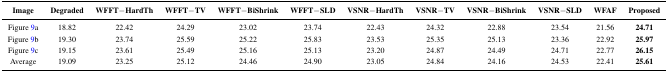
| Image | Degraded | WFFT−HardTh | WFFT−TV | WFFT−BiShrink | WFFT−SLD | VSNR−HardTh | VSNR−TV | VSNR−BiShrink | VSNR−SLD | WFAF | Proposed |
 | --- | --- | --- | --- | --- | --- | --- | --- | --- | --- | --- | --- |
 | Figure 9a | 18.82 | 22.42 | 24.29 | 23.02 | 23.74 | 22.43 | 24.32 | 22.88 | 23.54 | 21.56 | 24.71 |
 | Figure 9b | 19.30 | 23.74 | 25.59 | 25.22 | 25.83 | 23.53 | 25.35 | 25.13 | 23.36 | 22.92 | 25.97 |
 | Figure 9c | 19.15 | 23.61 | 25.49 | 25.16 | 25.13 | 23.20 | 24.87 | 24.49 | 24.71 | 22.77 | 26.15 |
 | Average | 19.09 | 23.25 | 25.12 | 24.46 | 24.90 | 23.05 | 24.84 | 24.16 | 24.53 | 22.41 | 25.61 |